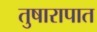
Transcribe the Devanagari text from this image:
तुषारापात